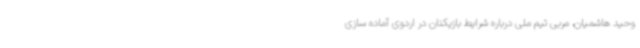
وحید هاشمیان، مربی تیم ملی درباره شرایط بازیکنان در اردوی آماده سازی